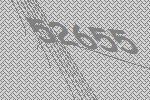
52655